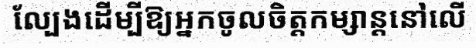
ល្បែងដើម្បីឱ្យអ្នកចូលចិត្តកម្សាន្តនៅលើ